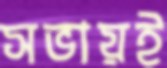
সভায়ই